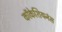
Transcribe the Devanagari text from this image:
कॉकेशियनंस